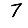
Digit: 7